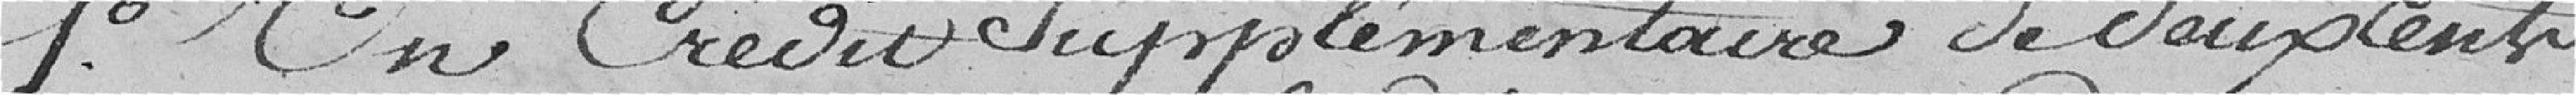
1° Un crédit supplémentaire de deux cents